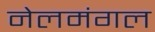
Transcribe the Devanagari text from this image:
नेलमंगल